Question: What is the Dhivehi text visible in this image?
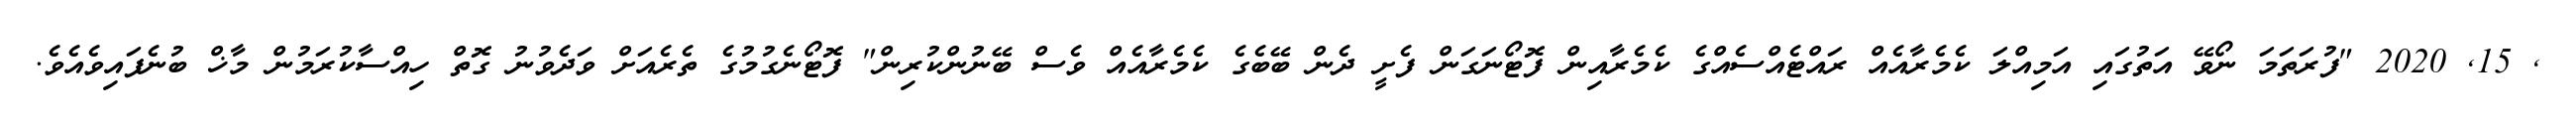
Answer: , 15, 2020 "ފުރަތަމަ ނޯވޭ އަތުގައި އަމިއްލަ ކެމެރާއެއް ރައްޓެއްސެއްގެ ކެމެރާއިން ފޮޓޯނަގަން ފެށީ ދެން ބޭބެގެ ކެމެރާއެއް ވެސް ބޭނުންކުރިން" ފޮޓޯނެގުމުގެ ތެރެއަށް ވަދެވުނު ގޮތް ހިއްސާކުރަމުން މާޚް ބުނެފައިވެއެވެ.